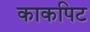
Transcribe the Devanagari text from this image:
काकपिट